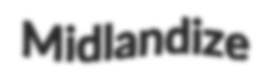
Midlandize